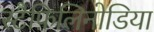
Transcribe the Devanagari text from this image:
स्टैफ़िलिनोडिया